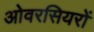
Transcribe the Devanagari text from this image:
ओवरसियरों